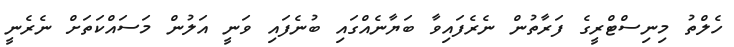
ހެލްތު މިނިސްޓްރީގެ ފަރާތުން ނެރެފައިވާ ބަޔާނެއްގައި ބުނެފައި ވަނީ އަލުން މަސައްކަތަށް ނެރެނީ